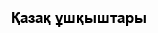
Қазақ ұшқыштары